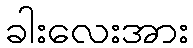
ခါးလေးအား